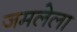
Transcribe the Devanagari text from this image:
जमलेला